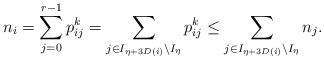
LaTeX: \begin{align*} n_i = \sum_{j=0}^{r-1}p^k_{ij} = \sum_{j \in I_{\eta+3D(i)}\setminus I_\eta} p^k_{ij} \le \sum_{j \in I_{\eta+3D(i)}\setminus I_\eta} n_j. \end{align*}